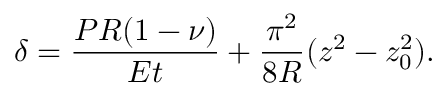
\delta = \frac { P R ( 1 - \nu ) } { E t } + \frac { \pi ^ { 2 } } { 8 R } ( z ^ { 2 } - z _ { 0 } ^ { 2 } ) .